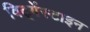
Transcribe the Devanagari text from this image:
विट्गेंस्टाइन